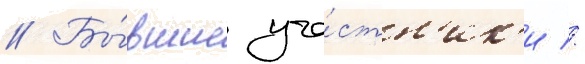
// Бы́вшие уча́стн'ик'и //